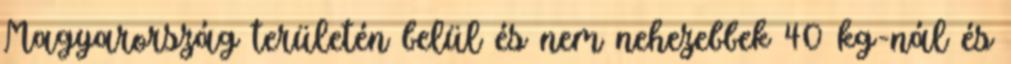
Magyarország területén belül és nem nehezebbek 40 kg-nál és